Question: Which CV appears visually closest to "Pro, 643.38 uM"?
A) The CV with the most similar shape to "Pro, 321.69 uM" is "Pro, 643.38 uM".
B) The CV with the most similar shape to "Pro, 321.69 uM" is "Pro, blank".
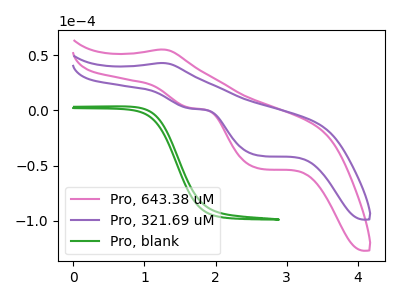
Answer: <think>The pink curve "Pro, 643.38 uM" has an anodic peak at (1.25V, 55.30uA) and cathodic peaks at (1.65V, 2.20uA) (2.65V, -52.85uA). The purple curve "Pro, 321.69 uM" has an anodic peak at (1.25V, 43.05uA) and cathodic peaks at (1.65V, 1.70uA) (2.65V, -41.15uA). The green curve "Pro, blank" has no peaks.
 All the peaks in "Pro, 643.38 uM" have a peak in "Pro, 321.69 uM" at the same potential. "Pro, 643.38 uM" and "Pro, blank" have a different number of peaks. "Pro, 321.69 uM" and "Pro, blank" have a different number of peaks.</think>
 <answer>A) The CV with the most similar shape to "Pro, 321.69 uM" is "Pro, 643.38 uM".</answer>
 <eval>A</eval>